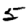
Digit: 5